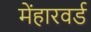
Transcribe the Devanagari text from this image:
मेंहारवर्ड